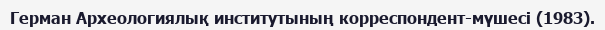
Герман Археологиялық институтының корреспондент-мүшесі (1983).